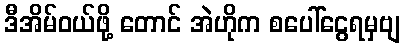
ဒီအိမ်ဝယ်ဖို့ တောင် အဲဟိုက စပေါ်ငွေရမှဗျ